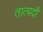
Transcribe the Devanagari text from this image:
तात्पदौ